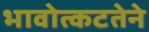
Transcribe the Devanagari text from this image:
भावोत्कटतेने